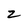
Character: z